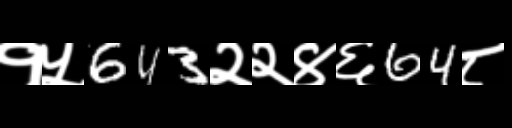
Text: १५643२२४६64८